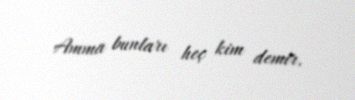
Amma bunları heç kim demir.